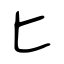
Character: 匕